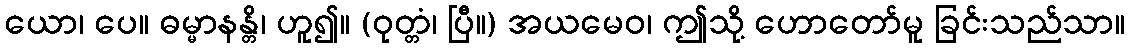
ယော၊ ပေ။ ဓမ္မာနန္တိ၊ ဟူ၍။ (ဝုတ္တံ၊ ပြီ။) အယမေဝ၊ ဤသို့ ဟောတော်မူ ခြင်းသည်သာ။